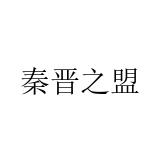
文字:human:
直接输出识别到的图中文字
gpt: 秦晋之盟